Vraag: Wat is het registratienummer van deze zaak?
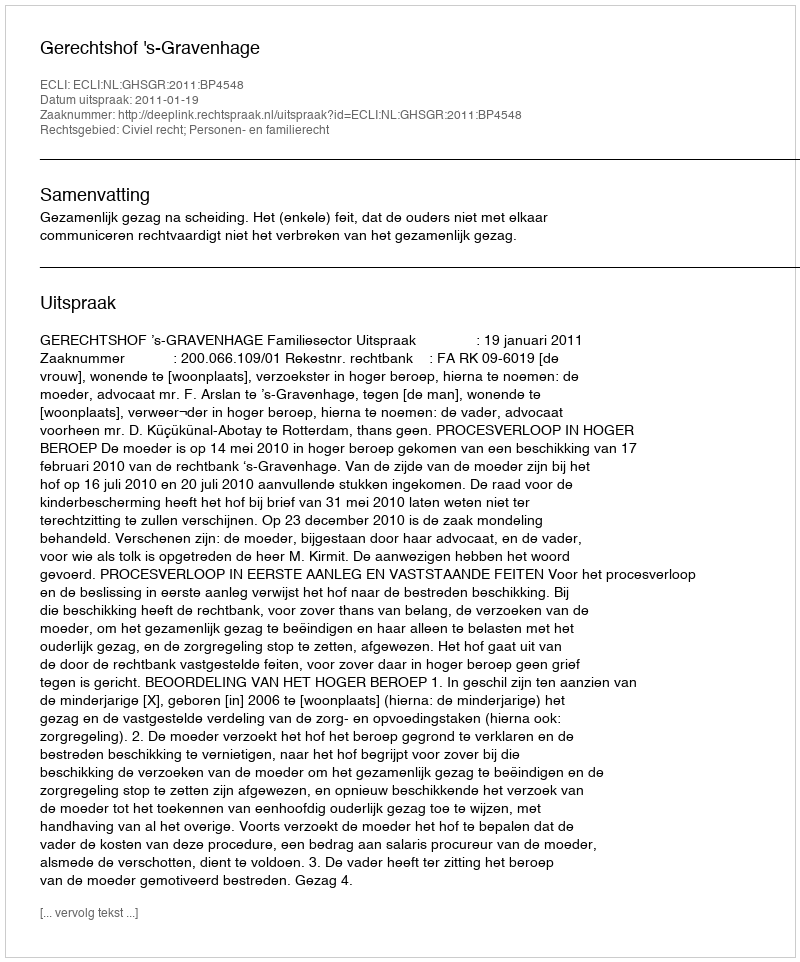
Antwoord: http://deeplink.rechtspraak.nl/uitspraak?id=ECLI:NL:GHSGR:2011:BP4548